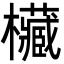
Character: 欌